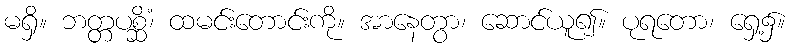
မရှိ။ ဘတ္တပစ္ဆိံ၊ ထမင်းတောင်းကို။ အာနေတွာ၊ ဆောင်ယူ၍။ ပုရတော၊ ရှေ့၌။